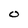
Character: 0